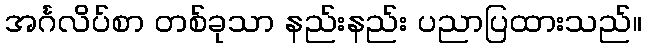
အင်္ဂလိပ်စာ တစ်ခုသာ နည်းနည်း ပညာပြထားသည်။